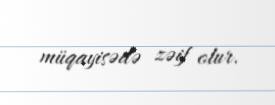
müqayisədə zəif olur.